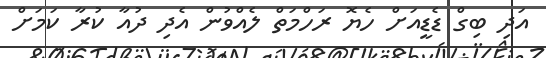
އަދި ބިގް ޑެޑީއަށް ހެޔޮ ރަހްމަތް ލެއްވުން އެދި ދުއާ ކުރާ ކަމަށް